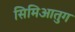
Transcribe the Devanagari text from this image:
सिमिआतुग